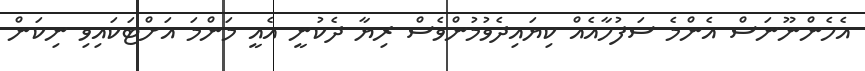
އެހެންނޫނަސް އެންމެ ސަފުހާއެއް ކިޔައިދެވުމުންވެސް ރިޔާ ދެކުނީ އެއީ މަންމަ އަށްޓަކައިވި ނިކަން